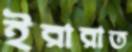
ইরারাত